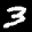
Label: 3